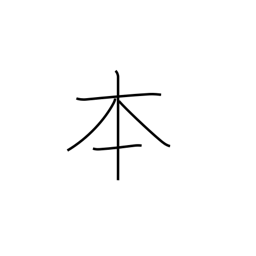
Meaning: counter for long cylindrical things